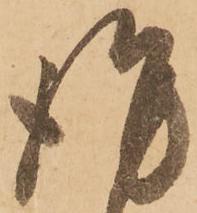
謹